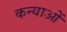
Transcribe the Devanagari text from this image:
कन्याओें